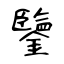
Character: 鑒